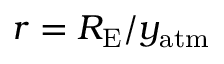
r = R _ { \mathrm { E } } / y _ { \mathrm { a t m } }